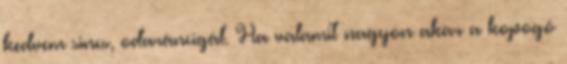
kedvem sincs, odaráncigál. Ha valamit nagyon akar a kopogó